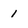
Character: 1